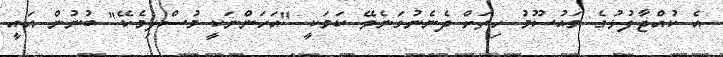
އެ ކުއްޖާފުޅުގެ މައުސޫމު ހިތަށް ދެނެނުގަނެވޭ ކަމަކީ "އަހަންނަކީ މުސްލިމެކޭ" ބުނުން އައީ